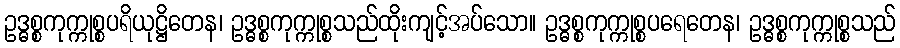
ဥဒ္ဓစ္စကုက္ကုစ္စပရိယုဋ္ဌိတေန၊ ဥဒ္ဓစ္စကုက္ကုစ္စသည်ထိုးကျင့်အပ်သော။ ဥဒ္ဓစ္စကုက္ကုစ္စပရေတေန၊ ဥဒ္ဓစ္စကုက္ကုစ္စသည်